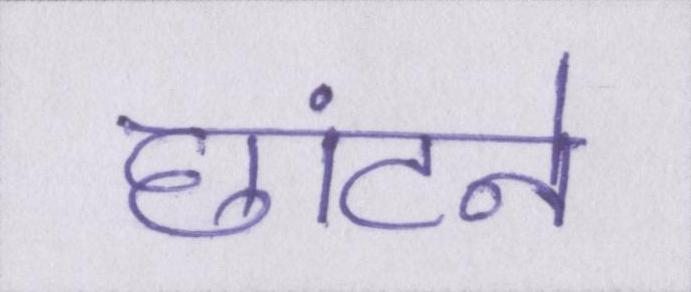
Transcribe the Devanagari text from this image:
छांटने